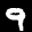
Label: 9